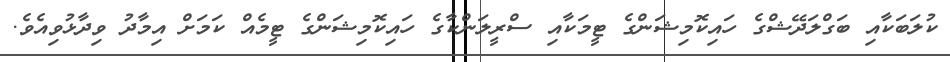
ކުލަބަކާއި ބަގްލަދޭޝްގެ ހައިކޮމިޝަންގެ ޓީމަކާއި ސްރީލަންކާގެ ހައިކޮމިޝަންގެ ޓީމެއް ކަމަށް އިމާދު ވިދާޅުވިއެވެ.